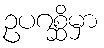
ဥပဂစ္ဆိမှာ